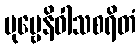
ပုဗ္ဗေနိဝါသစရိတံ